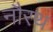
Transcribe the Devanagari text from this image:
नौरथ